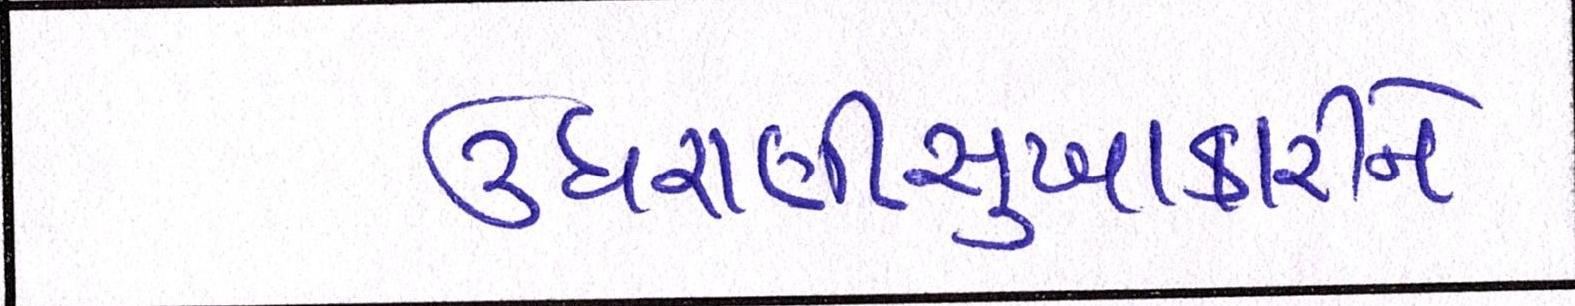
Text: ઉઘરાણીસુખાકારીને